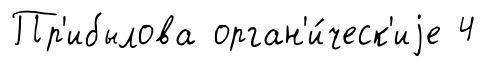
Пр'ибылова орган'и́ческ'иjе 4